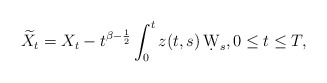
\begin{align*}\widetilde{X}_t=X_t- t^{\beta-\frac 12}\int_0^t z(t,s)\, \d W_s,0\leq t \leq T,\end{align*}